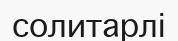
солитарлі